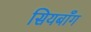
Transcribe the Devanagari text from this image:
सियबाँग